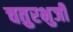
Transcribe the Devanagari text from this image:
चतुरभुर्जी